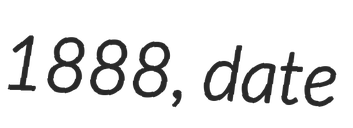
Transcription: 1888, date